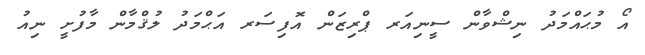
އޯ މުޙައްމަދު ނިޝްވާން ސީނިއަރ ޕްރިޒަން އޮފިސަރ އަޙްމަދު ލުޤްމާން މާފުށީ ނިއު